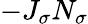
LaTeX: -J_{\sigma}N_{\sigma}